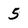
Character: 5